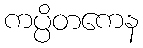
ကပ္ပိတကေန